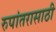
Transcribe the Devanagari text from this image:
रुपांतरासाठी